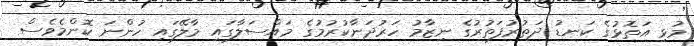
މުޅި އަތޮޅުގެ ކަނޑު ދަތުރުފަތުރުގެ ނިޒާމު ހަރުދަނާކުރުމުގެ މައްސަލާގައި މާލޭގައި ހުންނަ ކޮންމެވެސް